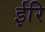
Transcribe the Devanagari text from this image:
ईरि